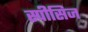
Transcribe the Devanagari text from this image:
स्पीसिज